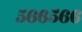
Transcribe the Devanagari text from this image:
५६६५६६